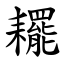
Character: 䎱